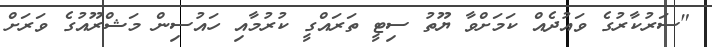
"ސަރުކާރުގެ ވައުދެއް ކަމަށްވާ ޔޫތު ސިޓީ ތަރައްގީ ކުރުމާއި ހައުސިން މަޝްރޫއުގެ ވަރަށް